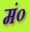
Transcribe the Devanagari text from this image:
मं०